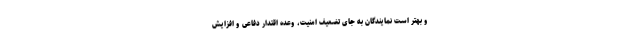
و بهتر است نمایندگان به جای تضعیف امنیت، وعده اقتدار دفاعی و افزایش